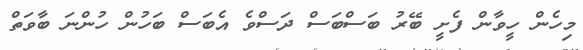
މިހެން ހީވާން ފެށީ ބޭރު ބަސްބަސް ދަސްވެ އެބަސް ބަހުން ހުންނަ ބާވަތް